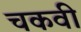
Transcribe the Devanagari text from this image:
चकवी